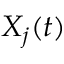
X _ { j } ( t )